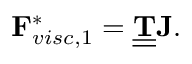
\mathbf { F } _ { v i s c , 1 } ^ { * } = \underline { { \underline { { \bf T } } } } \mathbf { J } .